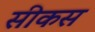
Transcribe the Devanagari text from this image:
सीकस